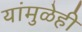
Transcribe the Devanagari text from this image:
यांमुळेही